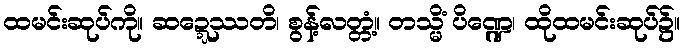
ထမင်းဆုပ်ကို။ ဆဍ္ဍေဿတိ၊ စွန့်လတ္တံ့။ တသ္မိံ ပိဏ္ဍေ၊ ထိုထမင်းဆုပ်၌။